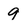
Character: 9